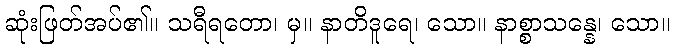
ဆုံးဖြတ်အပ်၏။ သရီရတော၊ မှ။ နာတိဒူရေ၊ သော။ နာစ္စာသန္နေ၊ သော။